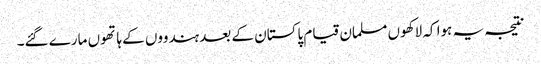
نتیجہ یہ ہوا کہ لاکھوں مسلمان قیام پاکستان کے بعد ہندووں کے ہاتھوں مارے گئے۔